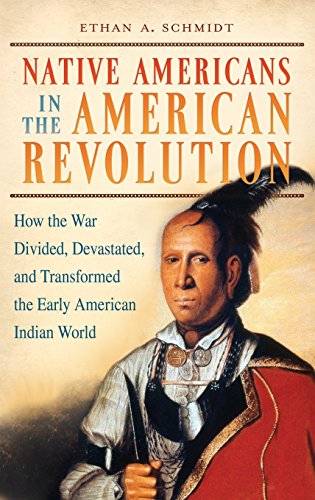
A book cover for Native Americans in the American Revolution: How the War Divided, Devastated, and Transformed the Early American Indian World; Ethan A.. Schmidt; History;